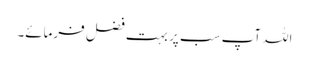
اللہ آپ سب پر بہت فضل فرمائے۔